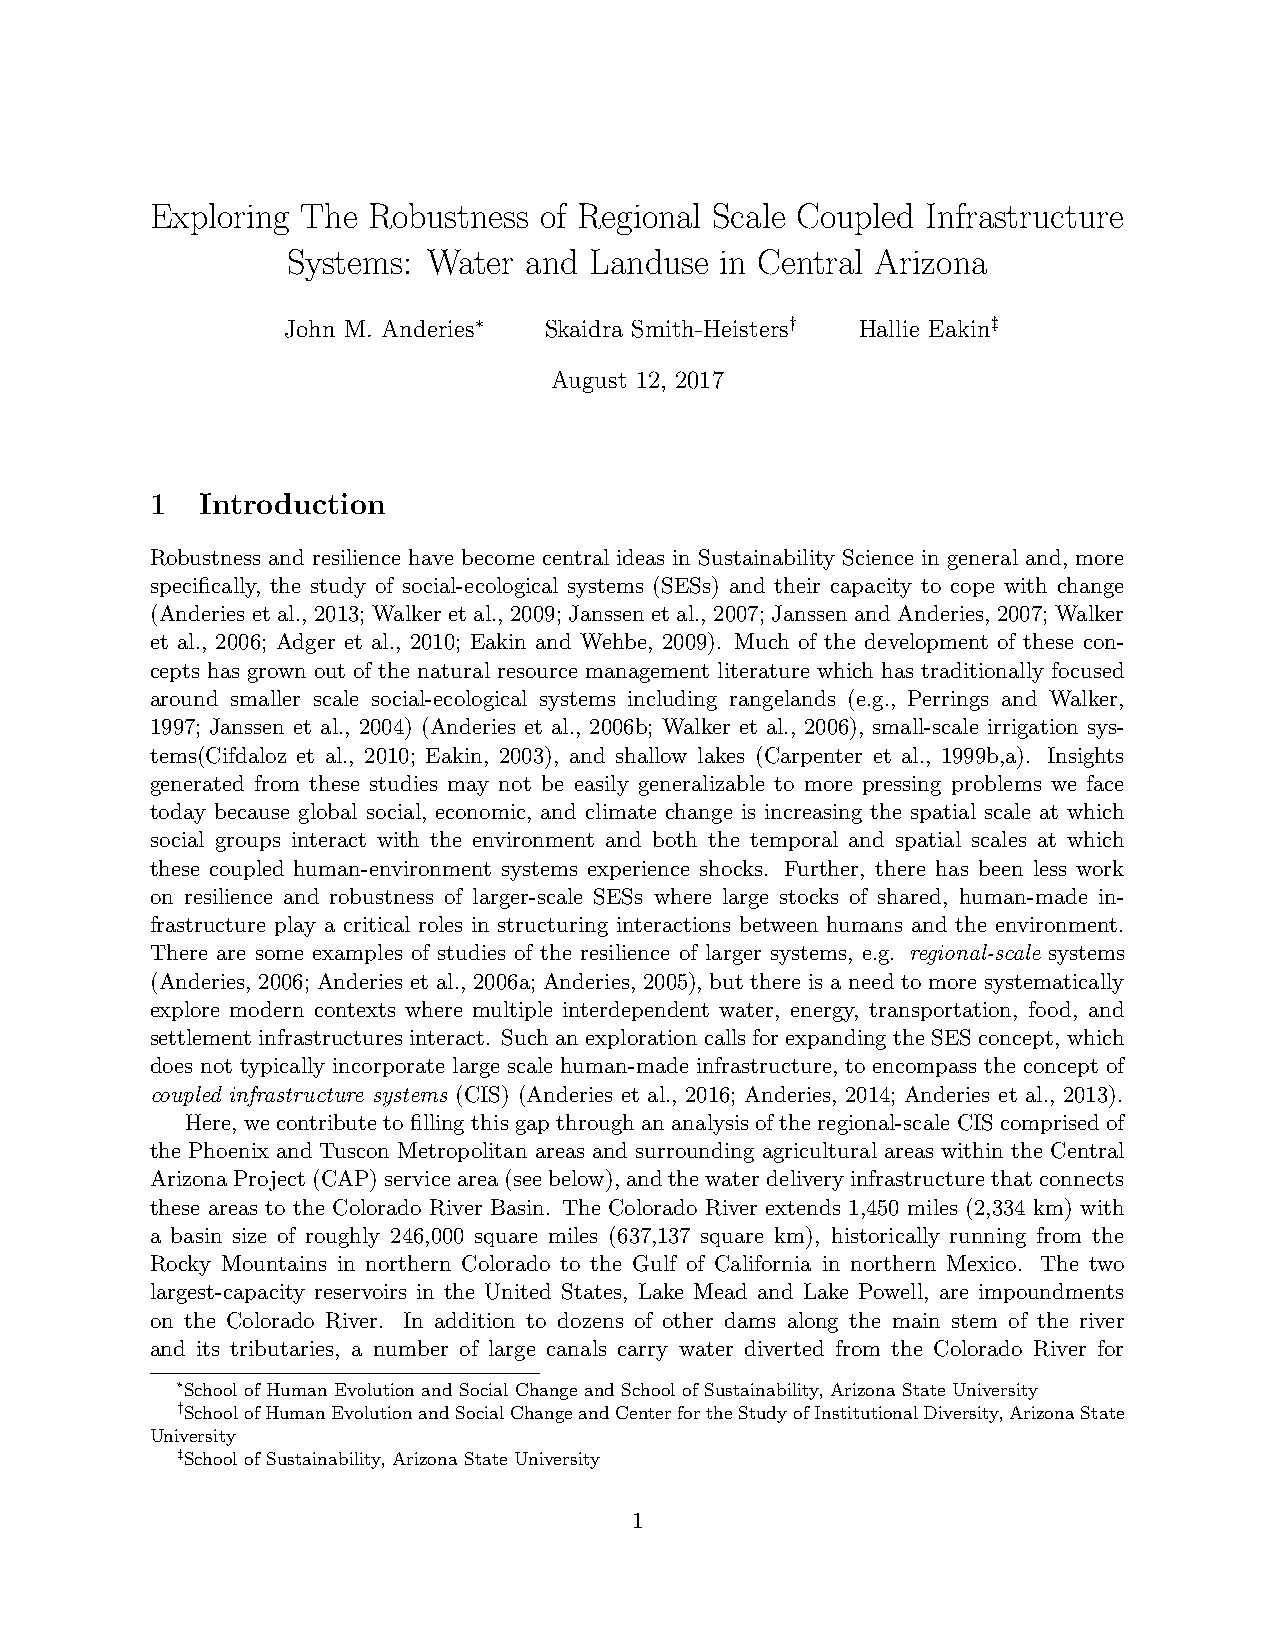
Exploring The Robustness  of Regional Scale Coupled Infrastructure
 Systems: Water  and Landuse  in Central Arizona
 John M. Anderies∗ Skaidra Smith-Heisters† Hallie Eakin‡
 August 12, 2017
 1  Introduction
 Robustness and resilience have become central ideas in Sustainability Science in general and, more
 specifically, the study of social-ecological systems (SESs) and their capacity to cope with change
 (Anderies et al., 2013; Walker et al., 2009; Janssen et al., 2007; Janssen and Anderies, 2007; Walker
 et al., 2006; Adger et al., 2010; Eakin and Wehbe, 2009). Much of the development of these con-
 cepts has grown out of the natural resource management literature which has traditionally focused
 around smaller scale social-ecological systems including rangelands (e.g., Perrings and Walker,
 1997; Janssen et al., 2004) (Anderies et al., 2006b; Walker et al., 2006), small-scale irrigation sys-
 tems(Cifdaloz et al., 2010; Eakin, 2003), and shallow lakes (Carpenter et al., 1999b,a). Insights
 generated from these studies may not be easily generalizable to more pressing problems we face
 today because global social, economic, and climate change is increasing the spatial scale at which
 social groups interact with the environment and both the temporal and spatial scales at which
 these coupled human-environment systems experience shocks. Further, there has been less work
 on resilience and robustness of larger-scale SESs where large stocks of shared, human-made in-
 frastructure play a critical roles in structuring interactions between humans and the environment.
 There are some examples of studies of the resilience of larger systems, e.g. regional-scale systems
 (Anderies, 2006; Anderies et al., 2006a; Anderies, 2005), but there is a need to more systematically
 explore modern contexts where multiple interdependent water, energy, transportation, food, and
 settlementinfrastructuresinteract. SuchanexplorationcallsforexpandingtheSESconcept, which
 does not typically incorporate large scale human-made infrastructure, to encompass the concept of
 coupled infrastructure systems (CIS) (Anderies et al., 2016; Anderies, 2014; Anderies et al., 2013).
 Here, wecontributetofillingthisgapthroughananalysisoftheregional-scaleCIScomprisedof
 the Phoenix and Tuscon Metropolitan areas and surrounding agricultural areas within the Central
 ArizonaProject(CAP)servicearea(seebelow),andthewaterdeliveryinfrastructurethatconnects
 these areas to the Colorado River Basin. The Colorado River extends 1,450 miles (2,334 km) with
 a basin size of roughly 246,000 square miles (637,137 square km), historically running from the
 Rocky Mountains in northern Colorado to the Gulf of California in northern Mexico. The two
 largest-capacity reservoirs in the United States, Lake Mead and Lake Powell, are impoundments
 on the Colorado River. In addition to dozens of other dams along the main stem of the river
 and its tributaries, a number of large canals carry water diverted from the Colorado River for
 ∗School of Human Evolution and Social Change and School of Sustainability, Arizona State University
 †SchoolofHumanEvolutionandSocialChangeandCenterfortheStudyofInstitutionalDiversity,ArizonaState
 University
 ‡School of Sustainability, Arizona State University
 1